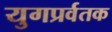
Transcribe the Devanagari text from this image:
युगप्रर्वतक